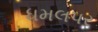
ધમલપર